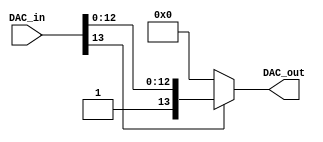
module DAC_OR_CHECK
#(
	parameter DAC_WIDTH = 14
)
(
	input [DAC_WIDTH - 1:0] DAC_in,
	output [DAC_WIDTH - 1:0] DAC_out
);
	reg [DAC_WIDTH - 1:0] int_DAC_reg = 14'h0000;
	assign DAC_out = int_DAC_reg;
	always @(DAC_in)
	begin
		if(~DAC_in[DAC_WIDTH-1])
			int_DAC_reg = 14'h0000;
		else
			int_DAC_reg = DAC_in;
	end
endmodule